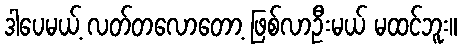
ဒါပေမယ့် လတ်တလောတော့ ဖြစ်လာဦးမယ် မထင်ဘူး။